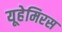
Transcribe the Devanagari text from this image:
यूहेमिरस